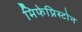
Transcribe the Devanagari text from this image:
मिफेप्रिस्टोन